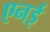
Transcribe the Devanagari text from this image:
एनई